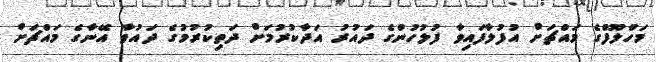
މަހްލޫފްގެ މައްޗަށް އުފުލާފައިވާ ފުލުހުންގެ ދައުރު އަދާކުރުމަށް ދަތިކުރުމުގެ ދައުވާ އޭނާގެ މައްޗަށް